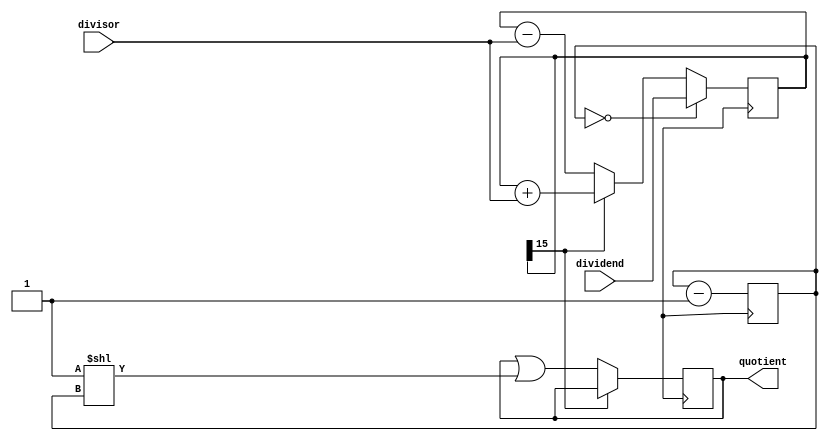
module non_restoring_divider(
    input wire [15:0] dividend,
    input wire [15:0] divisor,
    output reg [15:0] quotient
);

reg [15:0] remainder;
reg [4:0] count;

always @ (posedge clk) begin
    if(count == 0) begin
        remainder <= dividend;
    end else begin
        if(remainder[15] == 0) begin
            remainder <= remainder - divisor;
        end else begin
            remainder <= remainder + divisor;
        end
    end
    
    if(remainder[15] == 0) begin
        quotient <= quotient | (1 << count);
    end
    
    count <= count - 1;
end

endmodule